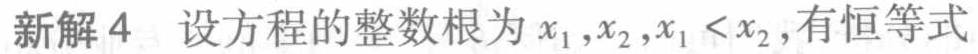
新解4 设方程的整数根为\(x_1,x_2,x_1 < x_2\)，有恒等式